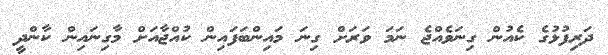
ދަރިފުޅުގެ ކެއުން ގިނަވެއްޖެ ނަމަ ވަރަށް ގިނަ މައިންބަފައިން ކުއްޖާއަށް މާގިނައިން ކާންދީ